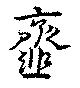
齏